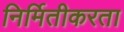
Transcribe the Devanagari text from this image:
निर्मितीकरता